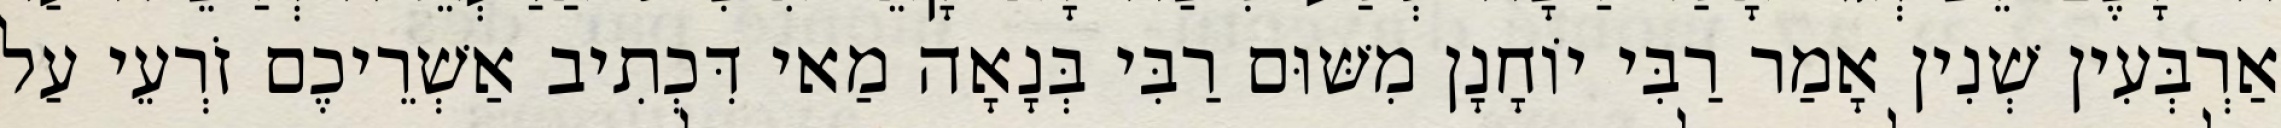
אַרְבְּעִין שְׁנִין אָמַר רַבִּי יוֹחָנָן מִשּׁוּם רַבִּי בְּנָאָה מַאי דִּכְתִיב אַשְׁרֵיכֶם זֹרְעֵי עַל